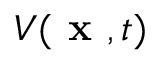
V ( \textbf { x } , t )